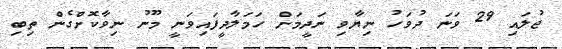
ޖުލައި 29 ވަނަ ދުވަހު ނިޔާވި ނަދީމަށް ހަމަލާދީފައިވަނީ މޫނު ނިވާކޮށްގެން ތިބި